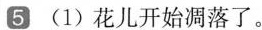
5 (1)花儿开始凋落了。